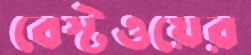
বেস্টওয়ের